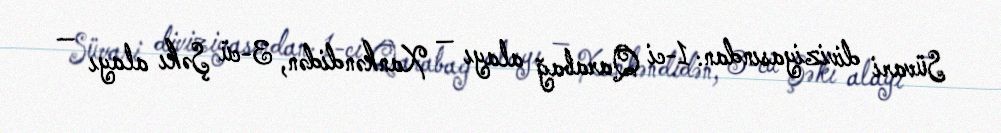
Süvari diviziyasından: 1-ci Qarabağ alayı — Xankəndidən, 3-cü Şəkı alayı —